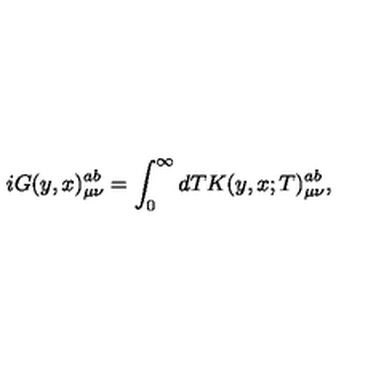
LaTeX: i G ( y , x ) _ { \mu \nu } ^ { a b } = \int _ { 0 } ^ { \infty } { d T K ( y , x ; T ) _ { \mu \nu } ^ { a b } } ,